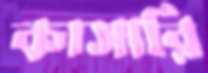
কাসারি